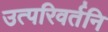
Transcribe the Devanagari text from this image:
उत्परिवर्तनि